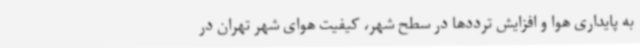
به پایداری هوا و افزایش ترددها در سطح شهر، کیفیت هوای شهر تهران در